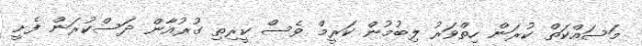
މަސައްކަތް ކުރަން ހިތްވަރު ލިބުމުން ކަރީމް ވެސް ކީރިތި ގުރުއާން ދަސްކުރަން ފެށީ